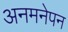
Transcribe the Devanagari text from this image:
अनमनेपन